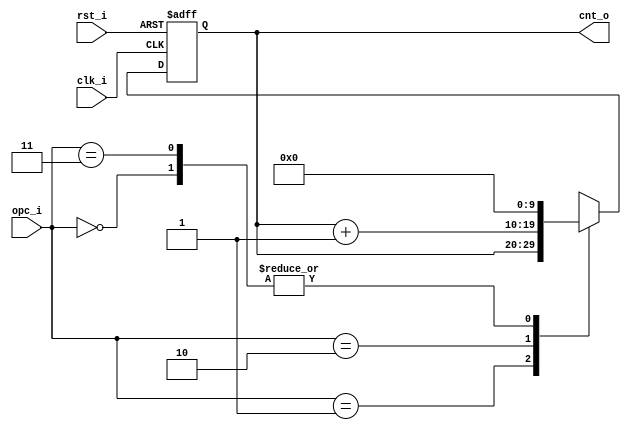
// Name: counter_w.v
//
// Description: Contador descendente utilizado para contar los 25 ciclos de dclk.

module counter #(
  parameter Width = 10
) (
  input              rst_i,
  input              clk_i,
  input        [1:0] opc_i,
  output [Width-1:0] cnt_o
);

  reg [Width-1:0] mux_d, reg_q;

  always @(opc_i, reg_q) begin
    case (opc_i)
      2'b00   : mux_d = 0;
      2'b01   : mux_d = reg_q;
      2'b10   : mux_d = reg_q + 1;
      2'b11   : mux_d = 0;
      default : mux_d = 0;
    endcase
  end
  
  always @(posedge clk_i, posedge rst_i) begin
    if (rst_i)
      reg_q <= 0;
    else
      reg_q <= mux_d;
  end

  assign cnt_o = reg_q;
  
endmodule